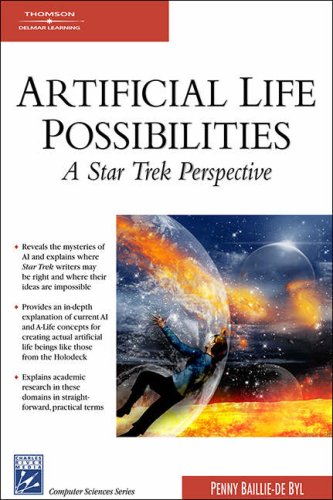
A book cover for Artificial Life Possibilities: A Star Trek Perspective (Computer Sciences); Penny Baillie-de Byl; Computers & Technology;